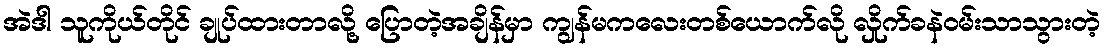
အဲဒါ သူကိုယ်တိုင် ချုပ်ထားတာလို့ ပြောတဲ့အချိန်မှာ ကျွန်မကလေးတစ်ယောက်လို လှိုက်ခနဲဝမ်းသာသွားတဲ့